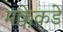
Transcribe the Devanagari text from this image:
मक्केकडे